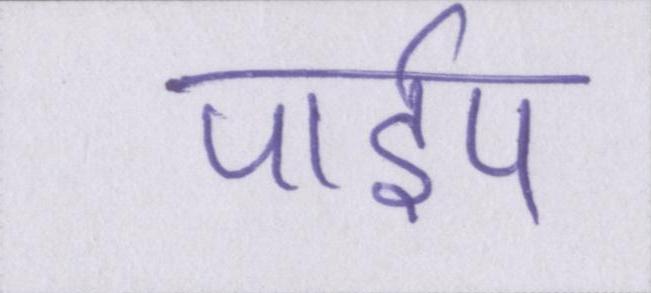
पाईप